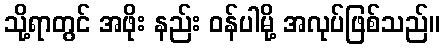
သို့ရာတွင် အဖိုး နည်း ဝန်ပါမို့ အလုပ်ဖြစ်သည်။